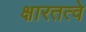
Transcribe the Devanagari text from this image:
क्षारतत्वे